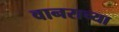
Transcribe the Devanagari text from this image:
वानराच्या